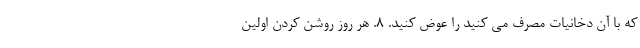
که با آن دخانیات مصرف می کنید را عوض کنید. ۸. هر روز روشن کردن اولین